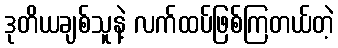
ဒုတိယချစ်သူနဲ့ လက်ထပ်ဖြစ်ကြတယ်တဲ့